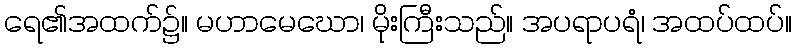
ရေ၏အထက်၌။ မဟာမေဃော၊ မိုးကြီးသည်။ အပရာပရံ၊ အထပ်ထပ်။